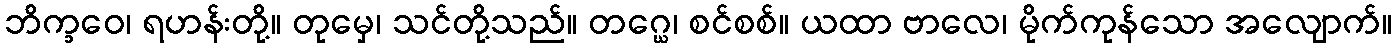
ဘိက္ခဝေ၊ ရဟန်းတို့။ တုမှေ၊ သင်တို့သည်။ တဂ္ဃေ၊ စင်စစ်။ ယထာ ဗာလေ၊ မိုက်ကုန်သော အလျောက်။